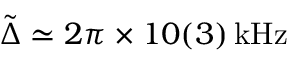
\tilde { \Delta } \simeq 2 \pi \times 1 0 ( 3 ) \, \mathrm { k H z }